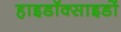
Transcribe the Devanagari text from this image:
हाइडॉक्साइडों